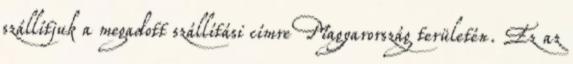
szállítjuk a megadott szállítási címre Magyarország területén. Ez az